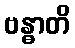
ဗန္ဓာတိ